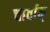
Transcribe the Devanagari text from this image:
चार्वाक्